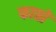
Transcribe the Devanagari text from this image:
फात्तों